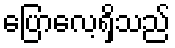
ပြောလေ့ရှိသည်